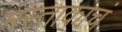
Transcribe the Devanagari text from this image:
मस्ताकाचं